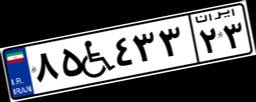
۸۵W۴۳۳۲۳